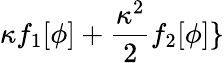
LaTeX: \kappa f_{1}[\phi]+\frac{\kappa^{2}}{2}f_{2}[\phi]\}